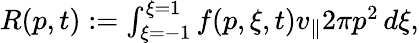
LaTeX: \begin{array}{r}{R(p,t):=\int_{\xi=-1}^{\xi=1}f(p,\xi,t)v_{\parallel}2\pi p^{2}\, d\xi,}\end{array}